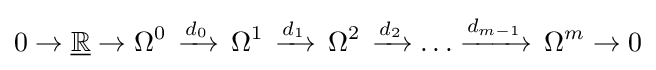
0\to {\underline {\mathbb {R} }}\to \Omega ^{0}\,\xrightarrow {d_{0}} \,\Omega ^{1}\,\xrightarrow {d_{1}} \,\Omega ^{2}\,\xrightarrow {d_{2}} \dots \xrightarrow {d_{m-1}} \,\Omega ^{m}\to 0